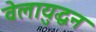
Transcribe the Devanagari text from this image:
वेलायुद्धन